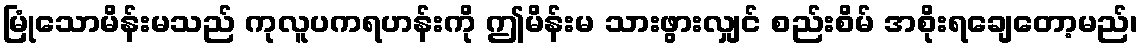
မြုံသောမိန်းမသည် ကုလူပကရဟန်းကို ဤမိန်းမ သားဖွားလျှင် စည်းစိမ် အစိုးရချေတော့မည်၊